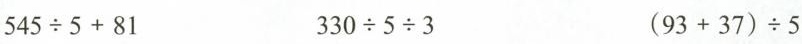
$$5 4 5 \div 5 + 8 1$$ $$3 3 0 \div 5 \div 3$$ $$( 9 3 + 3 7 ) \div 5$$